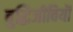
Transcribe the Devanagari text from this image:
बुद्धिजीवियॊं